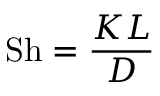
\mathrm { S h } = { \frac { K L } { D } }